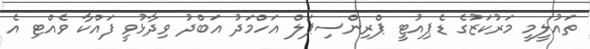
ތައުލީމީ މަރުކަޒުގެ ޑެޕިއުޓީ ޕްރިންސިޕަލް އަހްމަދު އަބްދު ވިދާޅުވީ ފައްކާ ވެއްޓި އެ